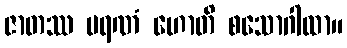
ဇာတဿ မရဏံ ဟောတိ စသောဂါထာ။